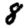
Digit: 8